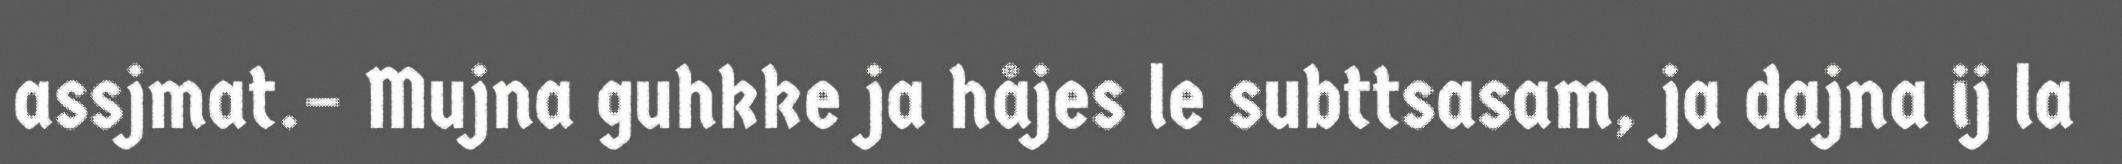
assjmat.– Mujna guhkke ja håjes le subttsasam, ja dajna ij la